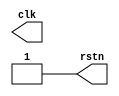
`timescale 1ns/1ps
module clk_gen
  #(
    parameter PERIOD        = 2,
    parameter REST_VALUE    = 1'b0
    )
   (
    output reg clk,
    output reg rstn
    );
   
   initial
     begin
	clk <= 1'b0;
	rstn <= REST_VALUE;
	#(10*PERIOD)
	rstn <= !REST_VALUE;
     end
   
   always #(PERIOD/2) clk <= ~clk;
   
   
   
endmodule